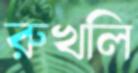
রুখলি